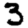
Digit: 3